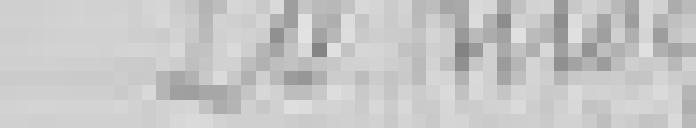
20 kilogrammes